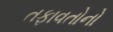
તફાવતોનો